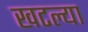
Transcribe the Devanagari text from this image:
खटल्या